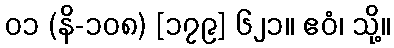
၀၁ (နိ-၁၀၈) [၁၇၉] ၆၂၁။ ဧဝံ၊ သို့။